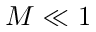
M \ll 1